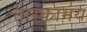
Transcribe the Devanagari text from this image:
तारकामय